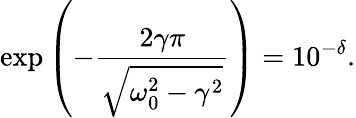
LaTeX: \exp\left(-\frac{2\gamma\pi}{\sqrt{\omega_{0}^{2}-\gamma^{2}}}\right)=10^{-\delta}.